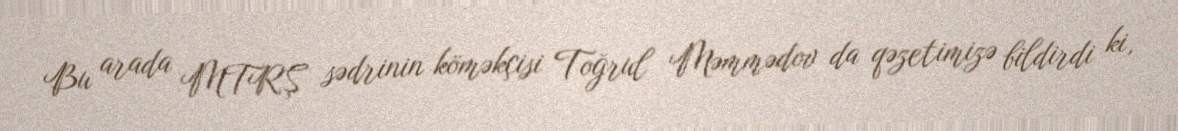
Bu arada MTRŞ sədrinin köməkçisi Toğrul Məmmədov da qəzetimizə bildirdi ki,